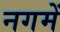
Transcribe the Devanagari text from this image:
नगमें